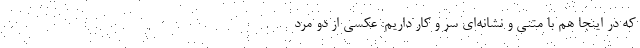
که در اینجا هم با متنی و نشانه‌ای سر و کار داریم: عکسی از دو مرد